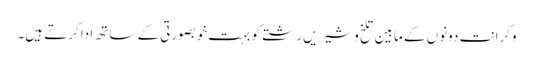
وکرانت دونوں کے مابین تلخ و شیریں رشتے کو بہت خوبصورتی کے ساتھ ادا کرتے ہیں۔